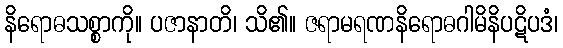
နိရောဓသစ္စာကို။ ပဇာနာတိ၊ သိ၏။ ဇရာမရဏနိရောဓဂါမိနိပဋိပဒံ၊